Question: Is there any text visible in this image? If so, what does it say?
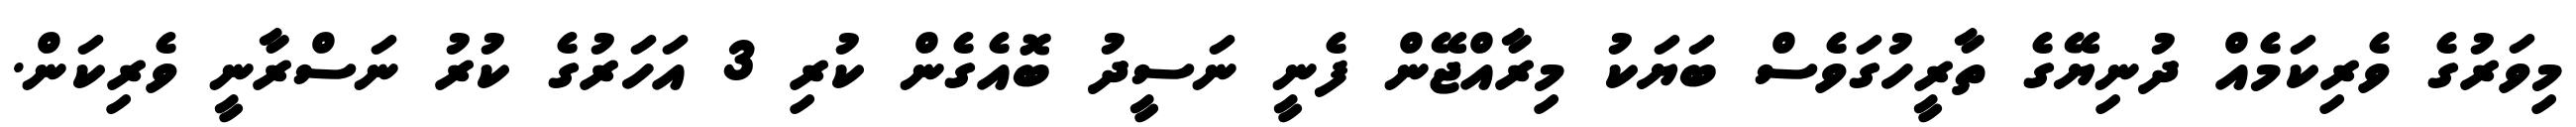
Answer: މިވަރުގެ ވެރިކަމެއް ދުނިޔޭގެ ތާރީހުގަވެސް ބަޔަކު މިރާއްޖޭން ފެނީ ނަސީދު ބޮއެގެން ކުރި 3 އަހަރުގެ ކުރު ނަސްރާނީ ވެރިކަން.